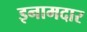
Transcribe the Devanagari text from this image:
इनामदार